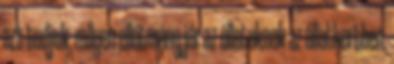
azt tudjuk, milyen ellátmány jár az állatoknak az állatkertben.